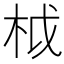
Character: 𣐋